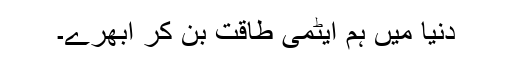
دنیا میں ہم ایٹمی طاقت بن کر ابھرے۔